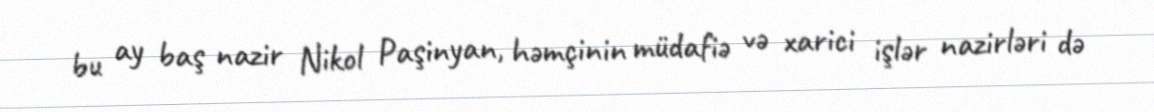
bu ay baş nazir Nikol Paşinyan, həmçinin müdafiə və xarici işlər nazirləri də